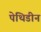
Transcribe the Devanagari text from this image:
पेथिडीन